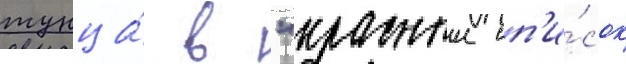
тунца́ в "красныи сп'и́сок